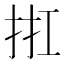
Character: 𢬀